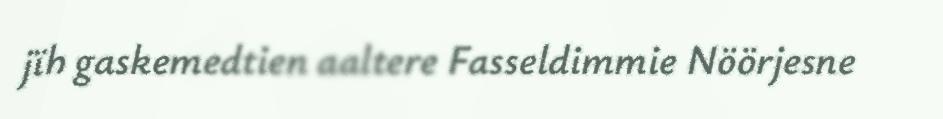
jïh gaskemedtien aaltere Fasseldimmie Nöörjesne